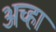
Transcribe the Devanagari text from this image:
अच्हा